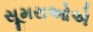
સૂમરાઓએ